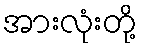
အားလုံးတို့